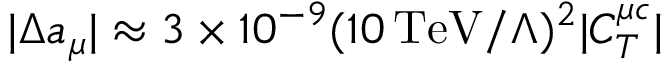
| \Delta a _ { \mu } | \approx 3 \times 1 0 ^ { - 9 } ( 1 0 \, \mathrm { T e V } / \Lambda ) ^ { 2 } | C _ { T } ^ { \mu c } |